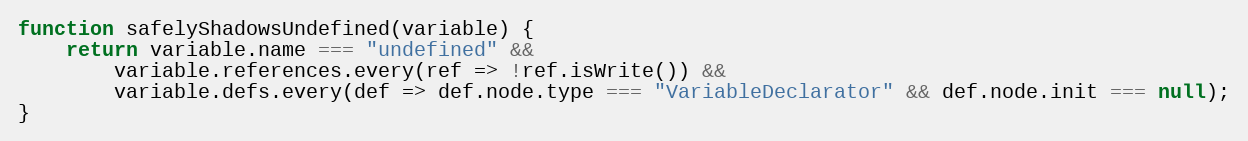
Language: JavaScript
function safelyShadowsUndefined(variable) {
    return variable.name === "undefined" &&
        variable.references.every(ref => !ref.isWrite()) &&
        variable.defs.every(def => def.node.type === "VariableDeclarator" && def.node.init === null);
}